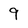
Character: 9